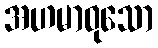
အဟမာဝုသော